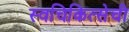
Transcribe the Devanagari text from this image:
स्वचिकित्सेची